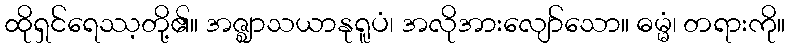
ထိုရှင်ရေဿ့တို့၏။ အဇ္ဈာသယာနုရူပံ၊ အလိုအားလျော်သော။ ဓမ္မံ၊ တရားကို။